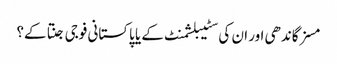
مسز گاندھی اور ان کی سٹیبلشمنٹ کے یا پاکستانی فوجی جنتا کے؟